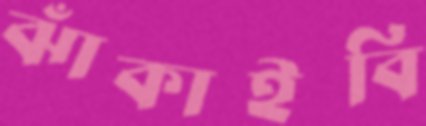
ঝাঁকাইবি